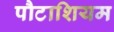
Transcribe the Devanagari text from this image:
पौटाशियम